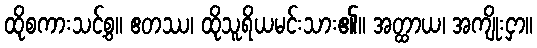
ထိုစကားသင့်စွ။ ဧတဿ၊ ထိုသူရိယမင်းသား၏။ အတ္ထာယ၊ အကျိုးငှာ။